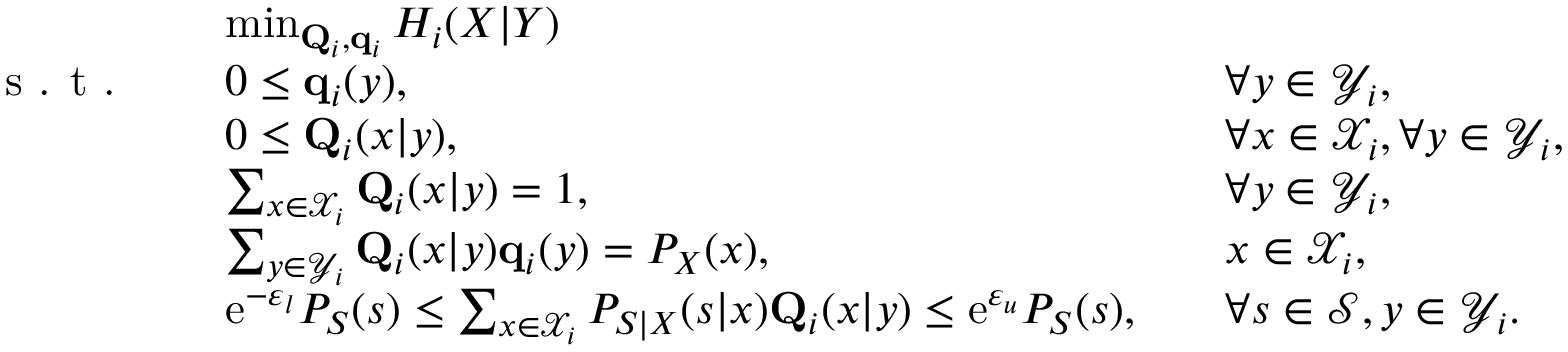
\begin{array} { r l r l } & { \operatorname* { m i n } _ { \mathbf { Q } _ { i } , \mathbf { q } _ { i } } H _ { i } ( X | Y ) } \\ { \textrm { s . t . } \quad } & { 0 \leq \mathbf { q } _ { i } ( y ) , } & & { \forall y \in \mathcal { Y } _ { i } , } \\ & { 0 \leq \mathbf { Q } _ { i } ( x | y ) , } & & { \forall x \in \mathcal { X } _ { i } , \forall y \in \mathcal { Y } _ { i } , } \\ & { \sum _ { x \in \mathcal { X } _ { i } } \mathbf { Q } _ { i } ( x | y ) = 1 , } & & { \forall y \in \mathcal { Y } _ { i } , } \\ & { \sum _ { y \in \mathcal { Y } _ { i } } \mathbf { Q } _ { i } ( x | y ) \mathbf { q } _ { i } ( y ) = P _ { X } ( x ) , } & & { x \in \mathcal { X } _ { i } , } \\ & { \mathrm { e } ^ { - \varepsilon _ { l } } { P _ { S } ( s ) } \leq \sum _ { x \in \mathcal { X } _ { i } } P _ { S | X } ( s | x ) \mathbf { Q } _ { i } ( x | y ) \leq \mathrm { e } ^ { \varepsilon _ { u } } P _ { S } ( s ) , } & & { \forall s \in \mathcal { S } , y \in \mathcal { Y } _ { i } . } \end{array}